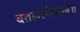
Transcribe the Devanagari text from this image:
बतलानेवाले॥